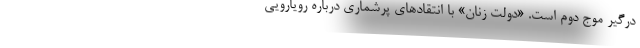
درگیر موج دوم است. «دولت زنان» با انتقادهای پرشماری درباره رویارویی